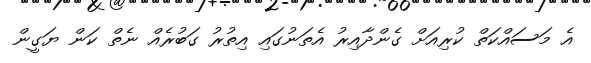
އެ މަސައްކަތް ކުރިއަށް ގެންދާއިރު އެތަނުގައި އިތުރު ގަބުރެއް ނެތް ކަން ޔަގީން